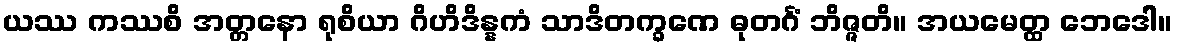
ယဿ ကဿစိ အတ္တနော ရုစိယာ ဂိဟိဒိန္နကံ သာဒိတက္ခဏေ ဓုတင်္ဂံ ဘိဇ္ဇတိ။ အယမေတ္ထ ဘေဒေါ။